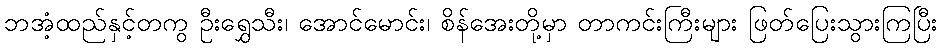
ဘအံ့ထည်နှင့်တကွ ဦးရွှေသီး၊ အောင်မောင်း၊ စိန်အေးတို့မှာ တာကင်းကြီးများ ဖြတ်ပြေးသွားကြပြီး